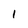
Character: 1